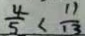
\frac { 4 } { 5 } < \frac { 1 1 } { 1 3 }